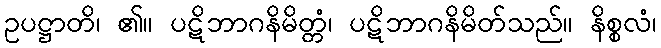
ဥပဋ္ဌာတိ၊ ၏။ ပဋိဘာဂနိမိတ္တံ၊ ပဋိဘာဂနိမိတ်သည်။ နိစ္စလံ၊